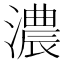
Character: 濃